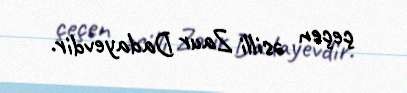
çeçen əsilli Zaur Dadayevdir.